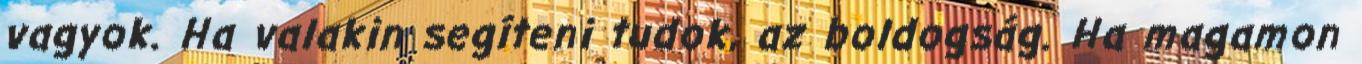
vagyok. Ha valakin segíteni tudok, az boldogság. Ha magamon